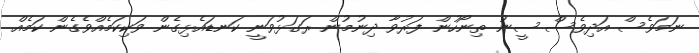
ނަމަވެސް އަދިވެސް ސީނު ތިނޯހުން ފަރުވާ ދިނުމުން ރަގަޅުވަނީ ކަނޑައެޅިގެން ވަކިކަމެއްވެގެން ކަމެއް